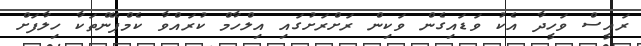
ރައީސް ވަހީދާ އެކު ވަޑައިގެން ވަކިން ރަށްރަށުގައި އިލްހާމް ކުރައްވާ ކެމްޕޭންތަކާ ހިލާފަށް